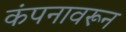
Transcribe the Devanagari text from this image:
कंपनावरून